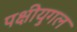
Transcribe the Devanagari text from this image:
पक्षीयुगल